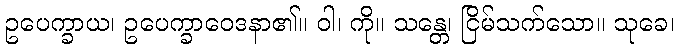
ဥပေက္ခာယ၊ ဥပေက္ခာဝေဒနာ၏။ ဝါ၊ ကို။ သန္တေ၊ ငြိမ်သက်သော။ သုခေ၊